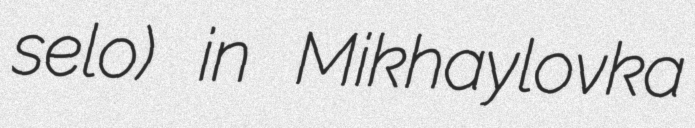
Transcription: selo) in Mikhaylovka